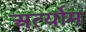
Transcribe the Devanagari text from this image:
अर्त्योम